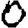
Digit: 0